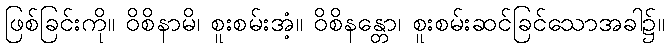
ဖြစ်ခြင်းကို။ ဝိစိနာမိ၊ စူးစမ်းအံ့။ ဝိစိနန္တော၊ စူးစမ်းဆင်ခြင်သောအခါ၌။